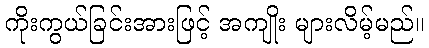
ကိုးကွယ်ခြင်းအားဖြင့် အကျိုး များလိမ့်မည်။